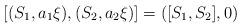
LaTeX: \begin{align*}[(S_1,a_1\xi),(S_2,a_2\xi)]=([S_1,S_2],0)\end{align*}